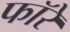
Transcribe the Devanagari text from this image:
फॉरे